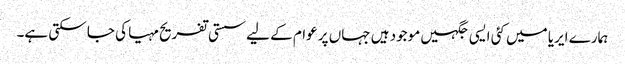
ہمارے ایریا میں کئی ایسی جگہیں موجود ہیں جہاں پر عوام کے لیے سستی تفریح مہیا کی جا سکتی ہے۔